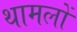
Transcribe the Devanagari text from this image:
थामलों